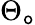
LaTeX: \Theta_{\mathtt{o}}